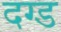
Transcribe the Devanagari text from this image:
दग्ड